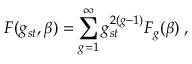
F ( g _ { s t } , \beta ) = \sum _ { g = 1 } ^ { \infty } g _ { s t } ^ { 2 ( g - 1 ) } F _ { g } ( \beta ) \; ,